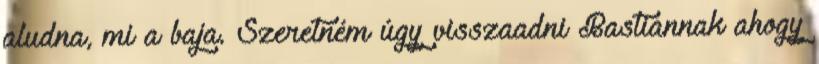
aludna, mi a baja. Szeretném úgy visszaadni Bastiannak ahogy